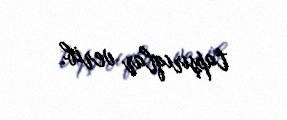
tapşırıqlar verib.